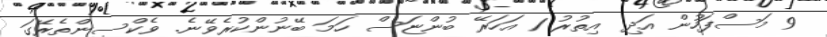
9 މަސްފަހުން އަދި އިތުރު 1 އަހަރޭ ބުންޏަސް ހަމަ ބޭނުންކުރެވޭނެ. ވެކްސިންތެރޭގަ